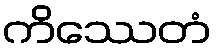
ကိဿေတံ